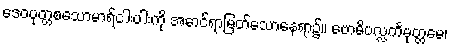
ဒေဝပုတ္တစသောမာရ်ငါးပါးကို အောင်ရာမြတ်သောနေရာ၌။ ဗောဓိပလ္လင်္ကမုတ္တမေ၊